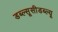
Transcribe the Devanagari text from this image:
डब्ल्सूसीडब्ल्यू